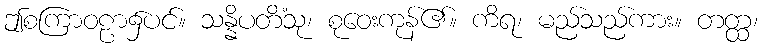
ဤစကြာဝဠာ၌ပင်။ သန္နိပတိံသု၊ စုဝေးကုန်၏။ ကိရ၊ မည်သည်ကား။ တတ္ထ၊